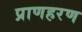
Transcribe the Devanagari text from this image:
प्राणहरण